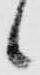
候